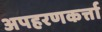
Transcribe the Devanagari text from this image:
अपहरणकर्त्ता